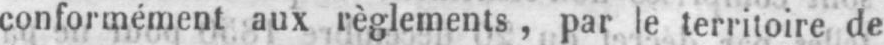
conformément aux règlements, par le territoire de